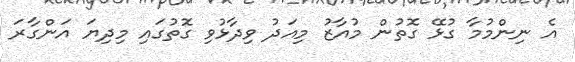
އެ ނިންމުމާ ގުޅޭ ގޮތުން މުއާޒު މިއަދު ވިދާޅުވި ގޮތުގައި މިދިޔަ އަންގާރަ